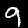
Digit: 9